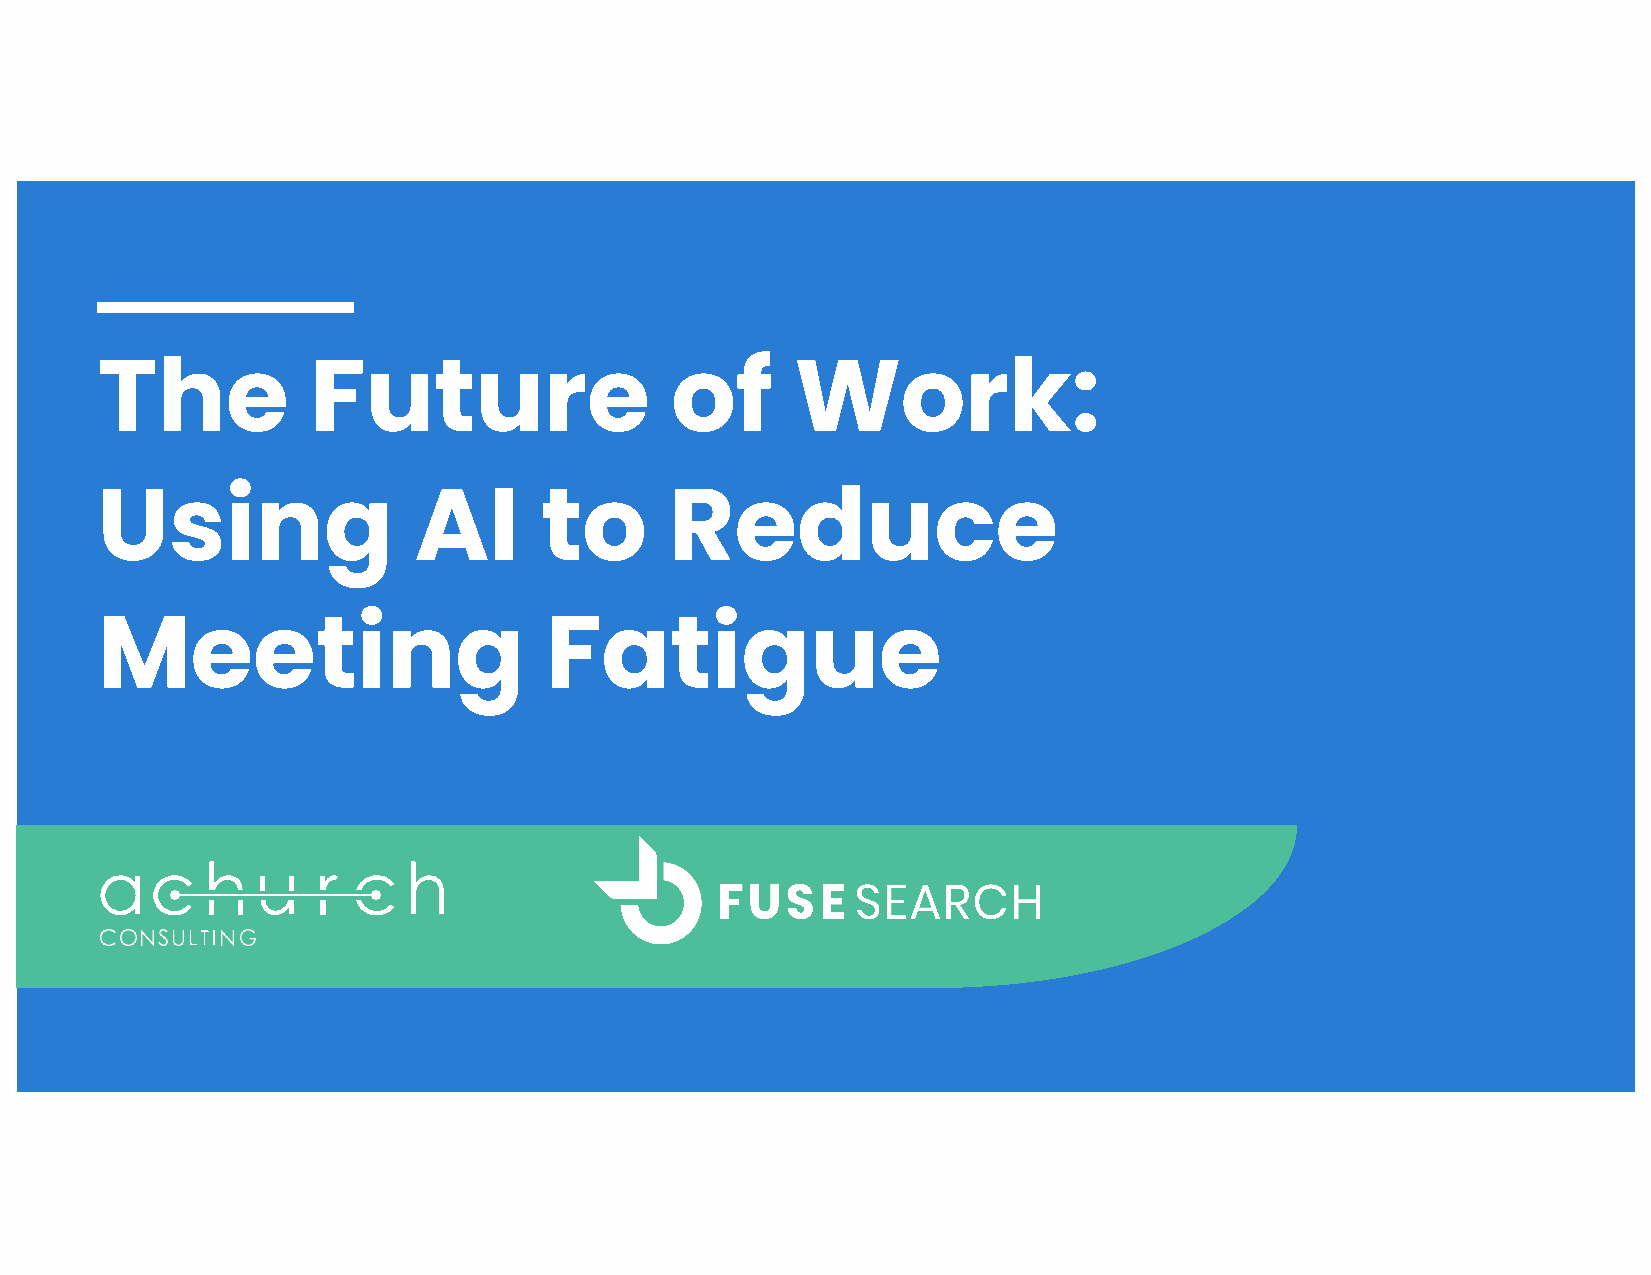
The            Future                 of       Work:
 Using                AI       to      Reduce
 Meeting                       Fatigue